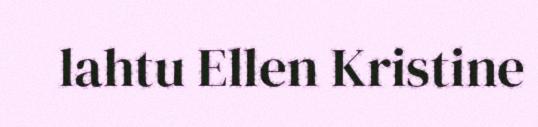
lahtu Ellen Kristine